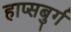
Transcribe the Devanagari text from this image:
हाप्सबुर्ग